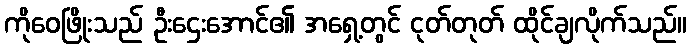
ကိုဝေဖြိုးသည် ဦးဌေးအောင်၏ အရှေ့တွင် ငုတ်တုတ် ထိုင်ချလိုက်သည်။